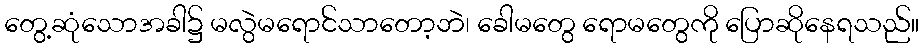
တွေ့ဆုံသောအခါ၌ မလွဲမရောင်သာတော့ဘဲ၊ ခေါမတွေ ရောမတွေကို ပြောဆိုနေရသည်။